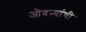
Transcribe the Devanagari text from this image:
ओवऱ्यांची